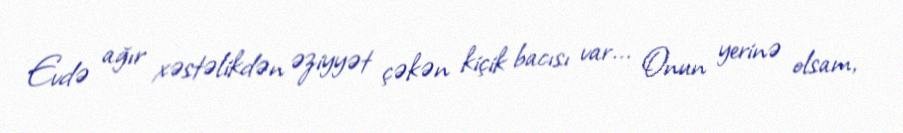
Evdə ağır xəstəlikdən əziyyət çəkən kiçik bacısı var... Onun yerinə olsam,